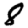
Digit: 8